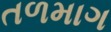
તળમાગ